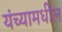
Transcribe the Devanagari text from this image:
यंच्यामधील